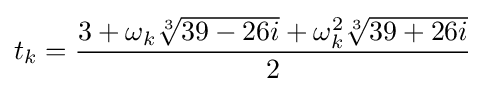
t_{k}={\frac {3+\omega _{k}{\sqrt[{3}]{39-26i}}+\omega _{k}^{2}{\sqrt[{3}]{39+26i}}}{2}}